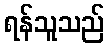
ရန်သူသည်